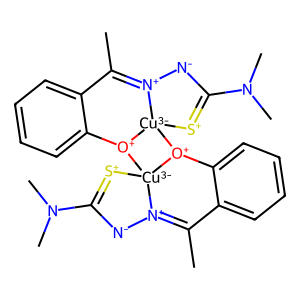
SMILES: CC1=[N+]2[N-]C(N(C)C)=[S+][Cu-3]23[O+](c2ccccc21)[Cu-3]12[S+]=C(N(C)C)[N-][N+]1=C(C)c1ccccc1[O+]32
Inhibits HIV replication: No